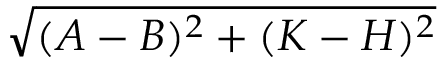
\sqrt { ( A - B ) ^ { 2 } + ( K - H ) ^ { 2 } }